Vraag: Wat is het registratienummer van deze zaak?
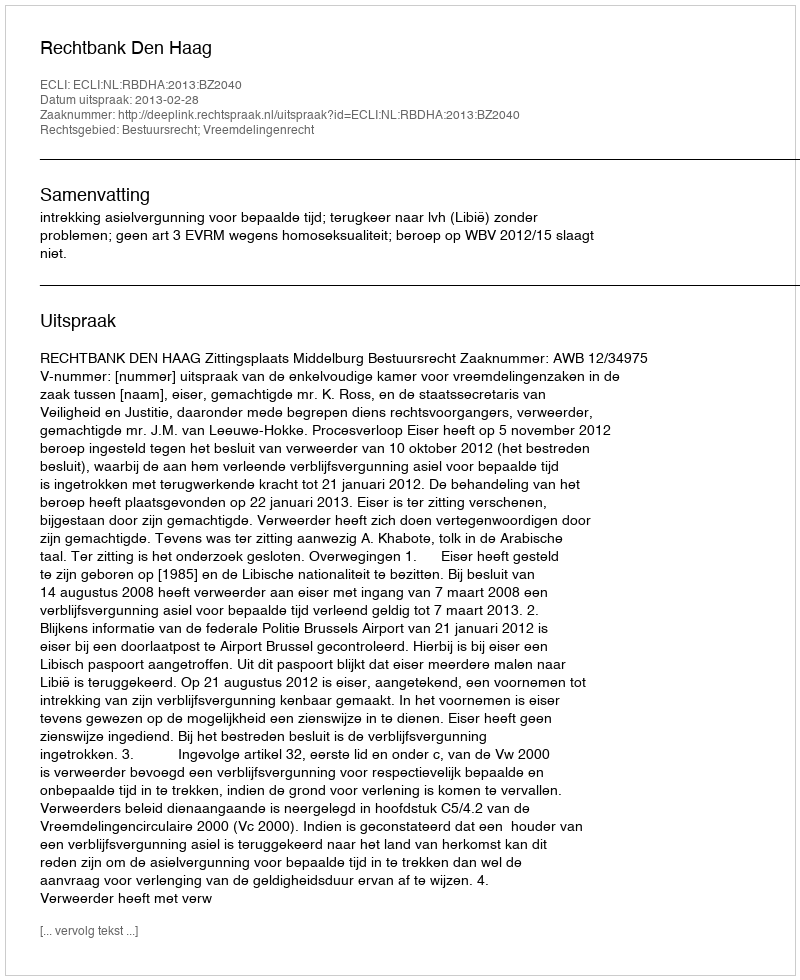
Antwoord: http://deeplink.rechtspraak.nl/uitspraak?id=ECLI:NL:RBDHA:2013:BZ2040